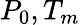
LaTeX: P_{0},T_{m}